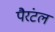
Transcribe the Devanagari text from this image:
पैरंटल